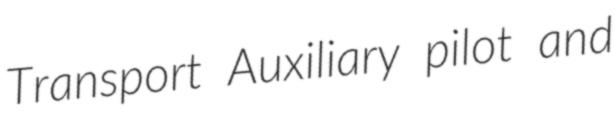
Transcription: Transport Auxiliary pilot and